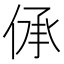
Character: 𠉹